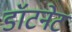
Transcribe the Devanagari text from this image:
डॉटनेट